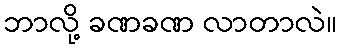
ဘာလို့ ခဏခဏ လာတာလဲ။